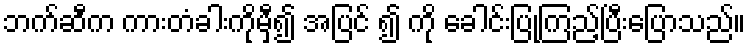
ဘက်ဆီက ကားတံခါးကိုမှီ၍ အပြင် ၍ ကို ခေါင်းပြုကြည့်ပြီးပြောသည်။